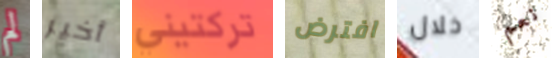
لم أخير تركتيني افترض خلال نعم